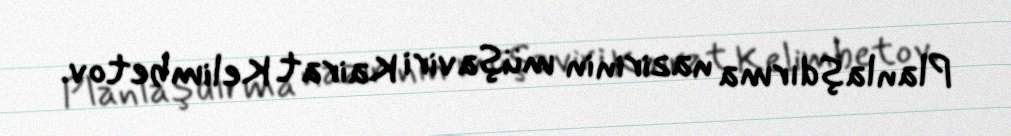
Planlaşdırma nazirinin müşaviri Kairat Kelimbetov.